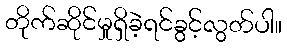
တိုက်ဆိုင်မှုရှိခဲ့ရင်ခွင့်လွတ်ပါ။